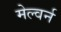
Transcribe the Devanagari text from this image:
मेल्वर्न